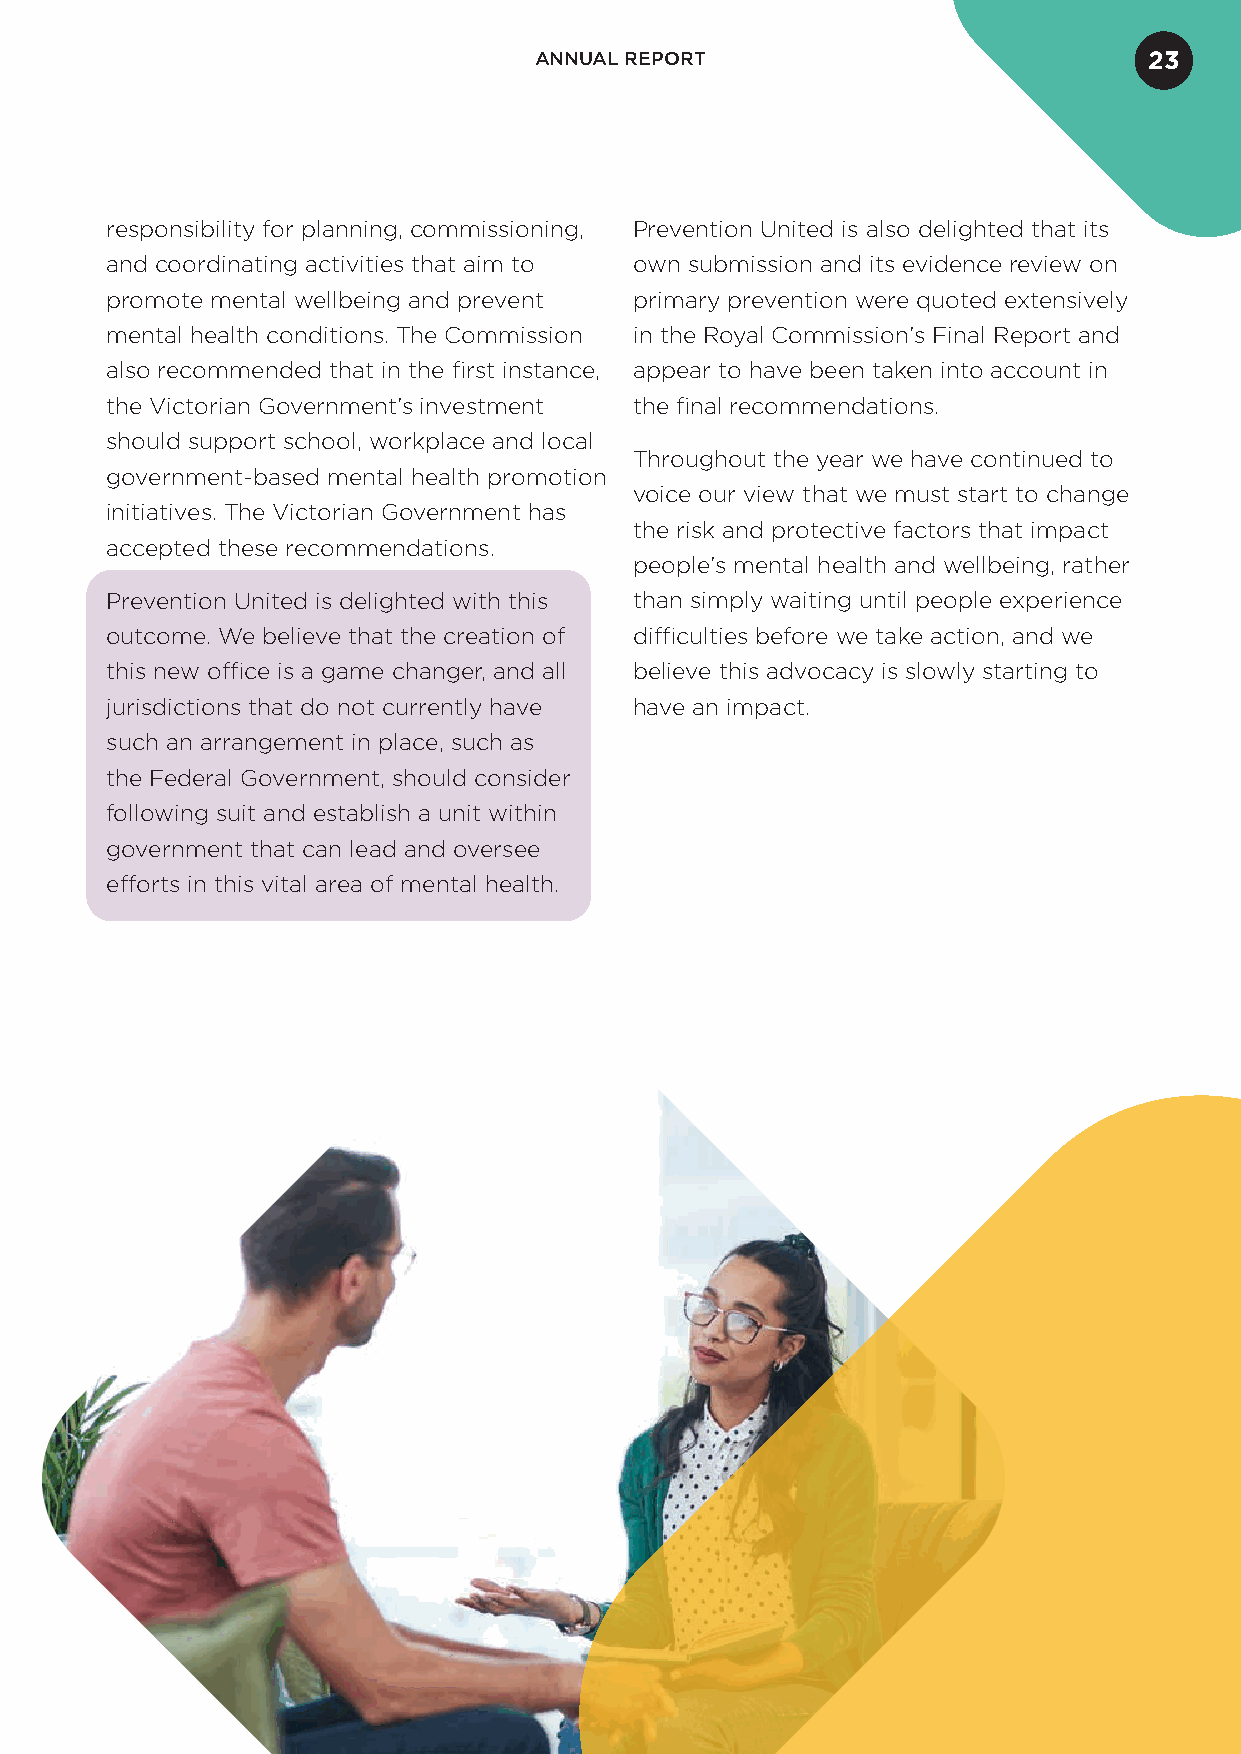
ANNUAL REPORT                            23
 responsibility for planning, commissioning, Prevention United is also delighted that its
 and coordinating activities that aim to own submission and its evidence review on
 promote mental wellbeing and prevent primary prevention were quoted extensively
 mental health conditions. The Commission in the Royal Commission’s Final Report and
 also recommended that in the first instance, appear to have been taken into account in
 the Victorian Government’s investment the final recommendations.
 should support school, workplace and local
 Throughout the year we have continued to
 government-based mental health promotion
 voice our view that we must start to change
 initiatives. The Victorian Government has
 the risk and protective factors that impact
 accepted these recommendations.
 people’s mental health and wellbeing, rather
 Prevention United is delighted with this than simply waiting until people experience
 outcome. We believe that the creation of difficulties before we take action, and we
 this new office is a game changer, and all believe this advocacy is slowly starting to
 jurisdictions that do not currently have have an impact.
 such an arrangement in place, such as
 the Federal Government, should consider
 following suit and establish a unit within
 government that can lead and oversee
 efforts in this vital area of mental health.